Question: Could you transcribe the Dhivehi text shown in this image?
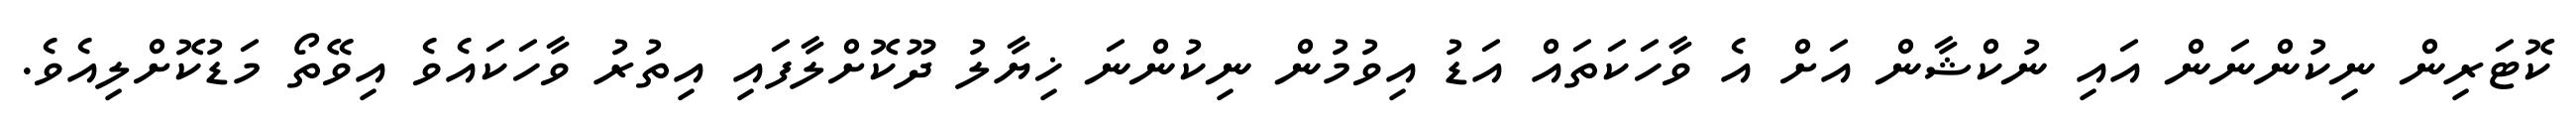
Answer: ކޮޓަރިން ނިކުންނަން އައި ނުކްޝާން އަށް އެ ވާހަކަތައް އަޑު އިވުމުން ނިކުންނަ ޚިޔާލު ދޫކޮށްލާފައި އިތުރު ވާހަކައެވެ އިވޭތޯ މަޑުކޮށްލިއެވެ.